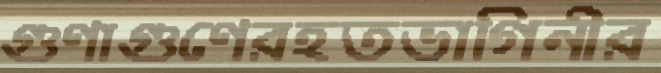
গুণাগুণেরহতভাগিনীর